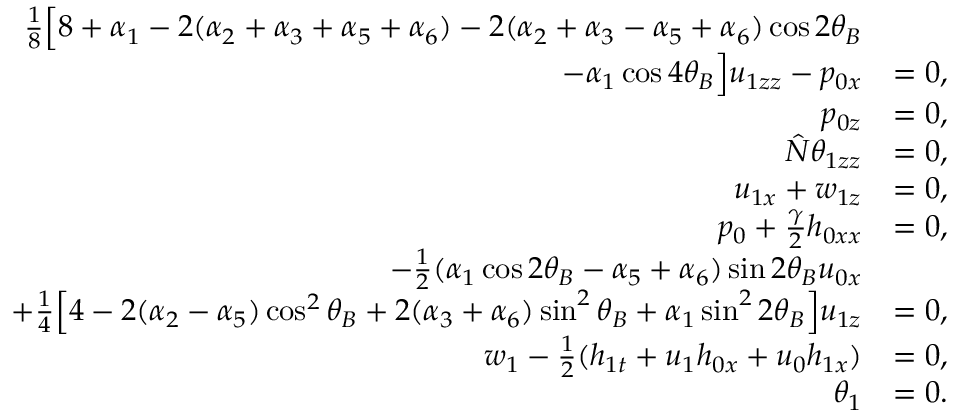
\begin{array} { r l } { \frac { 1 } { 8 } \Big [ 8 + \alpha _ { 1 } - 2 ( \alpha _ { 2 } + \alpha _ { 3 } + \alpha _ { 5 } + \alpha _ { 6 } ) - 2 ( \alpha _ { 2 } + \alpha _ { 3 } - \alpha _ { 5 } + \alpha _ { 6 } ) \cos { 2 \theta _ { B } } } \\ { - \alpha _ { 1 } \cos { 4 \theta _ { B } } \Big ] u _ { 1 z z } - p _ { 0 x } } & { = 0 , } \\ { p _ { 0 z } } & { = 0 , } \\ { \hat { N } \theta _ { 1 z z } } & { = 0 , } \\ { u _ { 1 x } + w _ { 1 z } } & { = 0 , } \\ { p _ { 0 } + \frac { \gamma } { 2 } h _ { 0 x x } } & { = 0 , } \\ { - \frac { 1 } { 2 } ( \alpha _ { 1 } \cos { 2 \theta _ { B } } - \alpha _ { 5 } + \alpha _ { 6 } ) \sin { 2 \theta _ { B } } u _ { 0 x } } \\ { + \frac { 1 } { 4 } \Big [ 4 - 2 ( \alpha _ { 2 } - \alpha _ { 5 } ) \cos ^ { 2 } { \theta _ { B } } + 2 ( \alpha _ { 3 } + \alpha _ { 6 } ) \sin ^ { 2 } { \theta _ { B } } + \alpha _ { 1 } \sin ^ { 2 } { 2 \theta _ { B } } \Big ] u _ { 1 z } } & { = 0 , } \\ { w _ { 1 } - \frac { 1 } { 2 } ( h _ { 1 t } + u _ { 1 } h _ { 0 x } + u _ { 0 } h _ { 1 x } ) } & { = 0 , } \\ { \theta _ { 1 } } & { = 0 . } \end{array}